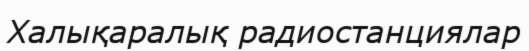
Халықаралық радиостанциялар